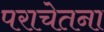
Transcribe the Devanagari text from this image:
पराचेतना